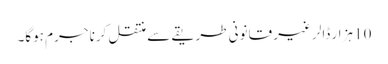
10 ہزار ڈالر غیر قانونی طریقے سے منتقل کرنا جرم ہوگا۔